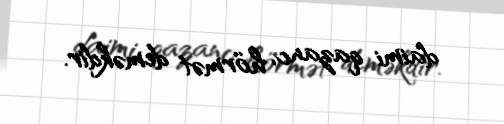
daimi qazanc, hörmət deməkdir.